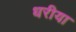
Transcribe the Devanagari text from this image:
धरीया